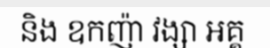
និង ឧកញ៉ា វង្សា អគ្គ